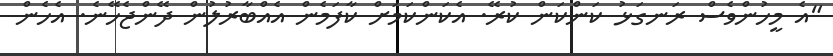
"އެ މީހުންވެސް ރަނގަޅު ކަންކަން ކުރޭ. އެކަންކަމަށް ކާފަމެން އެއްބާރުލުން ދޭންޖެހޭނެ. އެހެން